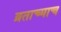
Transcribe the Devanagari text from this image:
व्रताच्याच